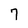
Character: 7